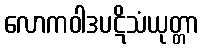
လောကဝါဒပဋိသံယုတ္တာ